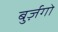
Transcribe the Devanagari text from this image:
बुर्ज़गो